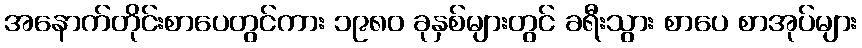
အနောက်တိုင်းစာပေတွင်ကား ၁၉၈၀ ခုနှစ်များတွင် ခရီးသွား စာပေ စာအုပ်များ